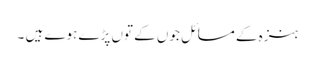
ہنزہ کے مسائل جوں کے توں پڑے ہوے ہیں ۔